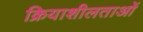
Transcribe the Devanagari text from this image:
क्रियाशीलताओं